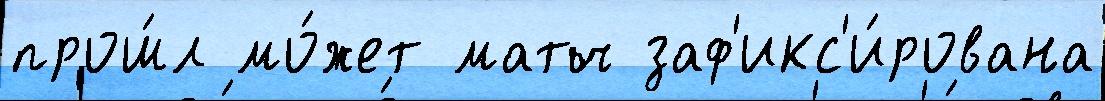
прош́л мо́жет матч заф'икс'и́рована